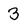
Character: 3